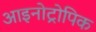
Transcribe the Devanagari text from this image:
आइनोट्रोपिक